Indian journal of veterinary science and animal husbandry - Volumes 28-29, 1958-1959
Year: 1958
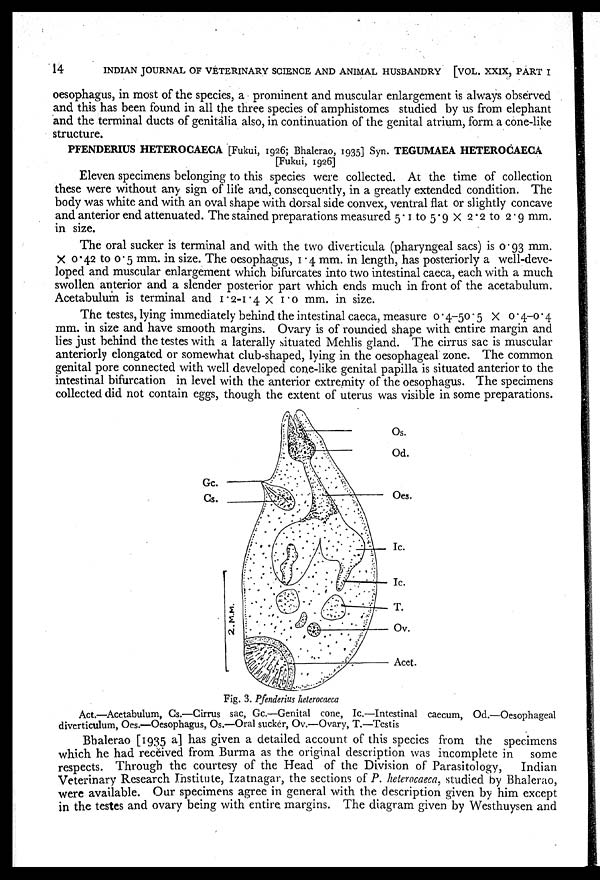
14
INDIAN JOURNAL OF VETERINARY SCIENCE AND ANIMAL HUSBANDRY [VOL. XXIX, PART I
oesophagus, in most of the species, a prominent and muscular enlargement is always observed
and this has been found in all the three species of amphistomes studied by us from elephant
and the terminal ducts of genitalia also, in continuation of the genital atrium, form a cone-like
structure.
PFENDERIUS HETEROCAECA [Fukui, 1926; Bhalerao, 1935] Syn. TEGUMAEA HETEROCAECA
[Fukui, 1926]
Eleven specimens belonging to this species were collected. At the time of collection
these were without any sign of life and, consequently, in a greatly extended condition. The
body was white and with an oval shape with dorsal side convex, ventral flat or slightly concave
and anterior end attenuated. The stained preparations measured 5.1 to 5.9 × 2.2 to 2.9 mm.
in size.
The oral sucker is terminal and with the two diverticula (pharyngeal sacs) is 0.93 mm.
× 0.42 to 0.5 mm. in size. The oesophagus, 1.4 mm. in length, has posteriorly a well-deve-
loped and muscular enlargement which bifurcates into two intestinal caeca, each with a much
swollen anterior and a slender posterior part which ends much in front of the acetabulum.
Acetabulum is terminal and 1.2-1.4 × 1.0 mm. in size.
The testes, lying immediately behind the intestinal caeca, measure 0.4–50.5 × 0.4–0.4
mm. in size and have smooth margins. Ovary is of rounded shape with entire margin and
lies just behind the testes with a laterally situated Mehlis gland. The cirrus sac is muscular
anteriorly elongated or somewhat club-shaped, lying in the oesophageal zone. The common
genital pore connected with well developed cone-like genital papilla is situated anterior to the
intestinal bifurcation in level with the anterior extremity of the oesophagus. The specimens
collected did not contain eggs, though the extent of uterus was visible in some preparations.
Fig. 3. Pfenderius heterocaeca
Act.—Acetabulum, Cs.—Cirrus sac, Gc.—Genital cone, Ic.—Intestinal caecum, Od.—Oesophageal
diverticulum, Oes.—Oesophagus, Os.—Oral sucker, Ov.—Ovary, T.—Testis
Bhalerao [1935 a] has given a detailed account of this species from the specimens
which he had received from Burma as the original description was incomplete in
some
respects. Through the courtesy of the Head of the Division of Parasitology,
Indian
Veterinary Research Institute, Izatnagar, the sections of P. heterocaeca, studied by Bhalerao,
were available. Our specimens agree in general with the description given by him except
in the testes and ovary being with entire margins. The diagram given by Westhuysen and